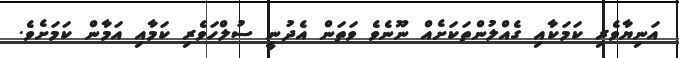
އަނިޔާވެރި ކަމަކާއި ގެއްލުންތަކަށެއް ނޫނެވެ ވަތަން އެދުނީ ސުލްހަވެރި ކަމާއި އަމާން ކަމަށެވެ.